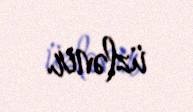
üzlənir.